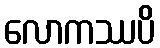
လောကဿပိ